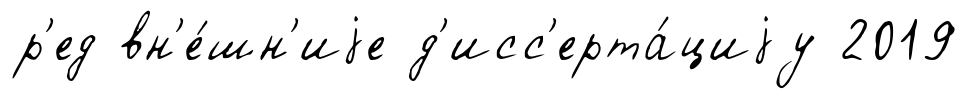
р'ед вн'е́шн'иjе д'исс'ерта́циjу 2019